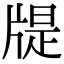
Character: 𤗘